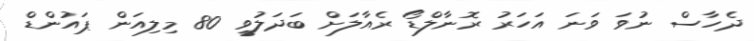
ދެހާސް ނުވަ ވަނަ އަހަރު ރޮނާލްޑޯ ރެއާލަށް ބަދަލުވީ 80 މިލިއަން ޕައުންޑް